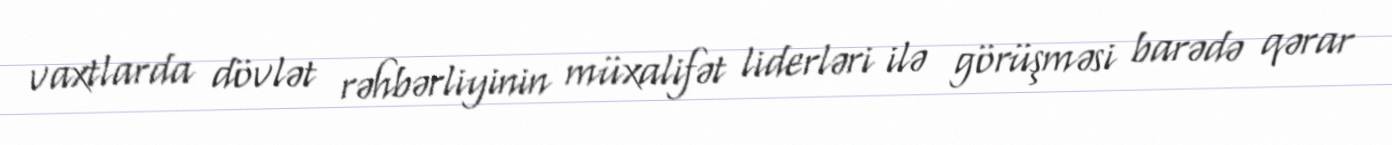
vaxtlarda dövlət rəhbərliyinin müxalifət liderləri ilə görüşməsi barədə qərar